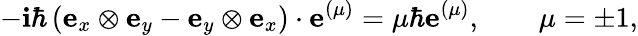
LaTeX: -\mathbf{i}\hbar\left(\mathbf{{e}}_{x}\otimes\mathbf{{e}}_{y}-\mathbf{{e}}_{y}\otimes\mathbf{{e}}_{x}\right)\cdot\mathbf{{e}}^{(\mu)}=\mu\hbar\mathbf{{e}}^{(\mu)},\qquad\mu=\pm1,